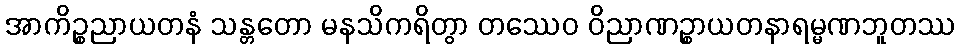
အာကိဉ္စညာယတနံ သန္တတော မနသိကရိတွာ တဿေဝ ဝိညာဏဉ္စာယတနာရမ္မဏဘူတဿ